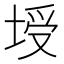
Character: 𰉻